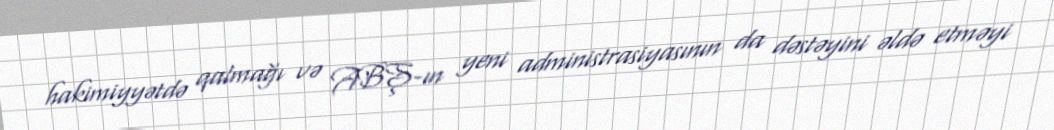
hakimiyyətdə qalmağı və ABŞ-ın yeni administrasiyasının da dəstəyini əldə etməyi